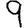
Digit: 9